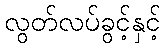
လွတ်လပ်ခွင့်နှင့်